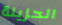
الحزينة